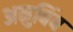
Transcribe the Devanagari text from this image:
अनुबिंब